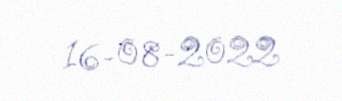
16-08-2022